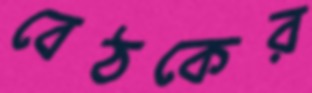
বেঠকের